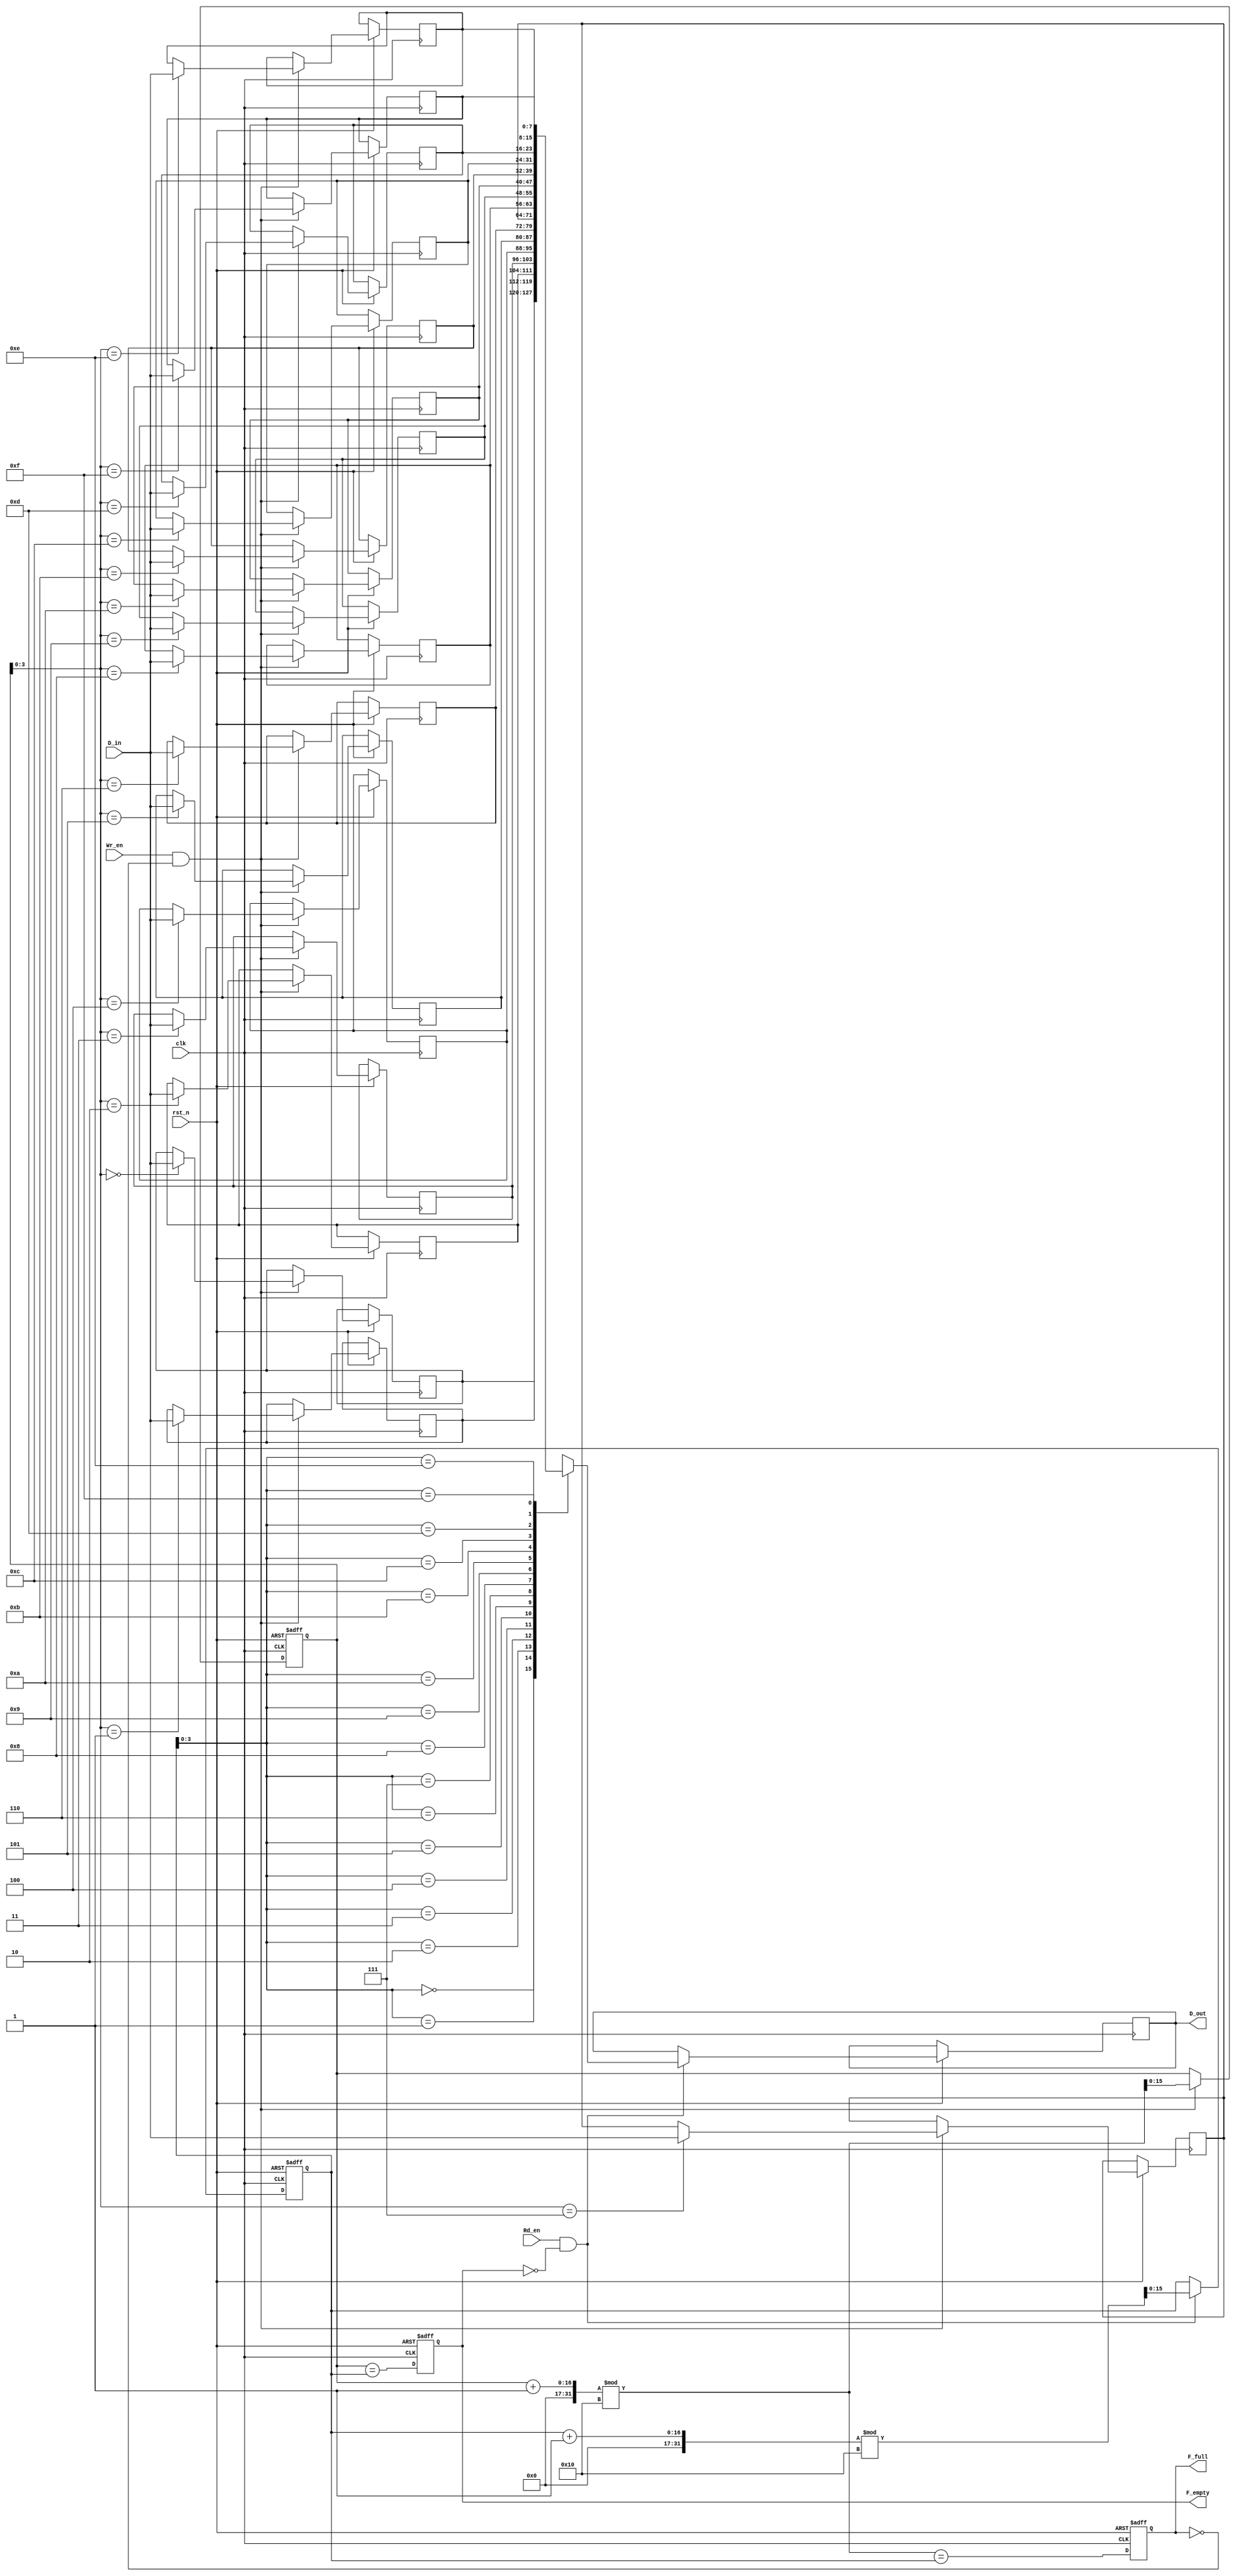
module fifo_sram #(
    parameter DEPTH = 16,  // Number of entries in the FIFO
    parameter WIDTH = 8    // Width of each entry in bits
)(
    input wire clk,
    input wire rst_n,
    input wire [WIDTH-1:0] D_in,     // Data input
    input wire Wr_en,                 // Write enable
    input wire Rd_en,                 // Read enable
    output reg [WIDTH-1:0] D_out,     // Data output
    output reg F_full,                // FIFO full flag
    output reg F_empty                // FIFO empty flag
);

    // Memory array declaration
    reg [WIDTH-1:0] memory [0:DEPTH-1];

    // Pointer declarations
    reg [DEPTH-1:0] WPtr; // Write Pointer
    reg [DEPTH-1:0] RPtr; // Read Pointer

    // Initialize pointers and flags on reset
    always @(posedge clk or negedge rst_n) begin
        if (!rst_n) begin
            WPtr <= 0;
            RPtr <= 0;
            F_full <= 0;
            F_empty <= 1;
        end else begin
            // Write operation
            if (Wr_en && !F_full) begin
                memory[WPtr] <= D_in; // Write data to memory
                WPtr <= (WPtr + 1) % DEPTH; // Increment write pointer
            end

            // Read operation
            if (Rd_en && !F_empty) begin
                D_out <= memory[RPtr]; // Read data from memory
                RPtr <= (RPtr + 1) % DEPTH; // Increment read pointer
            end

            // Update full and empty flags
            F_full <= (WPtr + 1) % DEPTH == RPtr; // Check if full
            F_empty <= WPtr == RPtr; // Check if empty
        end
    end

endmodule